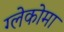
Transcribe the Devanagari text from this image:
ग्लेकोमा